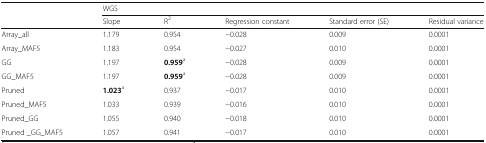
|  | <COLSPAN=5> WGS |
 |  | Slope | R2 | Regression constant | Standard error (SE) | Residual variance |
 | --- | --- | --- | --- | --- | --- |
 | Array_all | 1.179 | 0.954 | −0.028 | 0.009 | 0.0001 |
 | Array_MAF5 | 1.183 | 0.954 | −0.027 | 0.010 | 0.0001 |
 | GG | 1.197 | 0.959a | −0.028 | 0.009 | 0.0001 |
 | GG_MAF5 | 1.197 | 0.959a | −0.028 | 0.009 | 0.0001 |
 | Pruned | 1.023a | 0.937 | −0.017 | 0.010 | 0.0001 |
 | Pruned_MAF5 | 1.033 | 0.939 | −0.016 | 0.010 | 0.0001 |
 | Pruned_GG | 1.055 | 0.940 | −0.018 | 0.010 | 0.0001 |
 | Pruned _GG_MAF5 | 1.057 | 0.941 | −0.017 | 0.010 | 0.0001 |